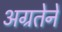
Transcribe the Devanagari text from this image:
अग्रतेने